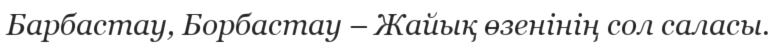
Барбастау, Борбастау – Жайық өзенінің сол саласы.